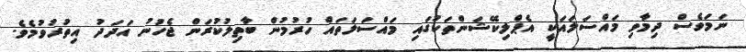
ނަމަވެސް ދިމާވި މައްސަލައަކީ އެޕްލިކޭޝަންތަކުގައި މައްސަލަތައް ހުރުމުން ބާތިލުކުރަން ޖެހުނު އަދަދު އިތުރުވުމެވެ.